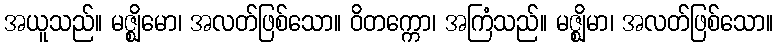
အယူသည်။ မဇ္ဈိမော၊ အလတ်ဖြစ်သော။ ဝိတက္ကော၊ အကြံသည်။ မဇ္ဈိမာ၊ အလတ်ဖြစ်သော။